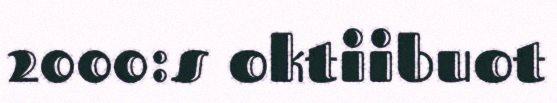
2000:s oktiibuot